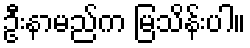
ဦးနာမည်က မြသိန်းပါ။